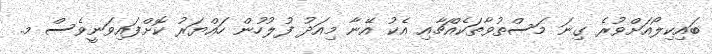
ބައިކިލޯއަށްވުރެ ގިނަ މަސްތުވާތަކެއްޗާއި އެކު އޭނާ މިއަދު ފުލުހުން ހައްޔަރު ކޮށްފައިވަނީވެސް މ.